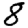
Digit: 8